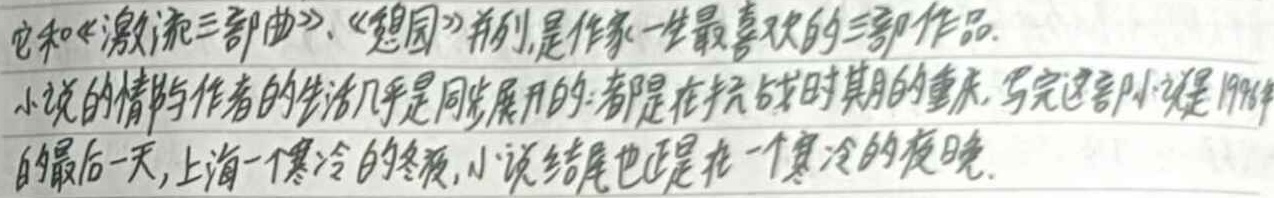
它和《激流三部曲》、《憩园》并列，是作家一生最喜欢的三部作品。小说的情节与作者的生活几乎是同步展开的：都是在抗战时期的重庆。写完这部小说是1946年的最后一天，上海一个寒冷的冬夜，小说结尾也正是在一个寒冷的夜晚。